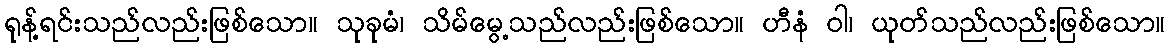
ရုန့်ရင်းသည်လည်းဖြစ်သော။ သုခုမံ၊ သိမ်မွေ့သည်လည်းဖြစ်သော။ ဟီနံ ဝါ၊ ယုတ်သည်လည်းဖြစ်သော။